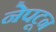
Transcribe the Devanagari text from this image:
नेपटून